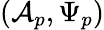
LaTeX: (\mathcal{A}_{p},\Psi_{p})